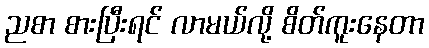
ညစာ စားပြီးရင် လာမယ်လို့ စိတ်ကူးနေတာ